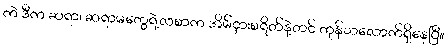
ကဲ ဒီက ဆရာ၊ ဆရာမတွေရဲ့လစာက အိမ်ငှားစရိတ်နဲ့တင် ကုန်သလောက်ရှိနေပြီ။